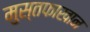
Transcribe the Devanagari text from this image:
मुस्तफाखान